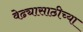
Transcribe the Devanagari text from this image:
वेढ्यासाठीच्या